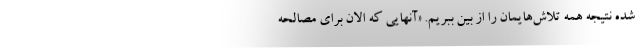
شده نتیجه همه تلاش‌هایمان را از بین ببریم. «آنهایی که الان برای مصالحه